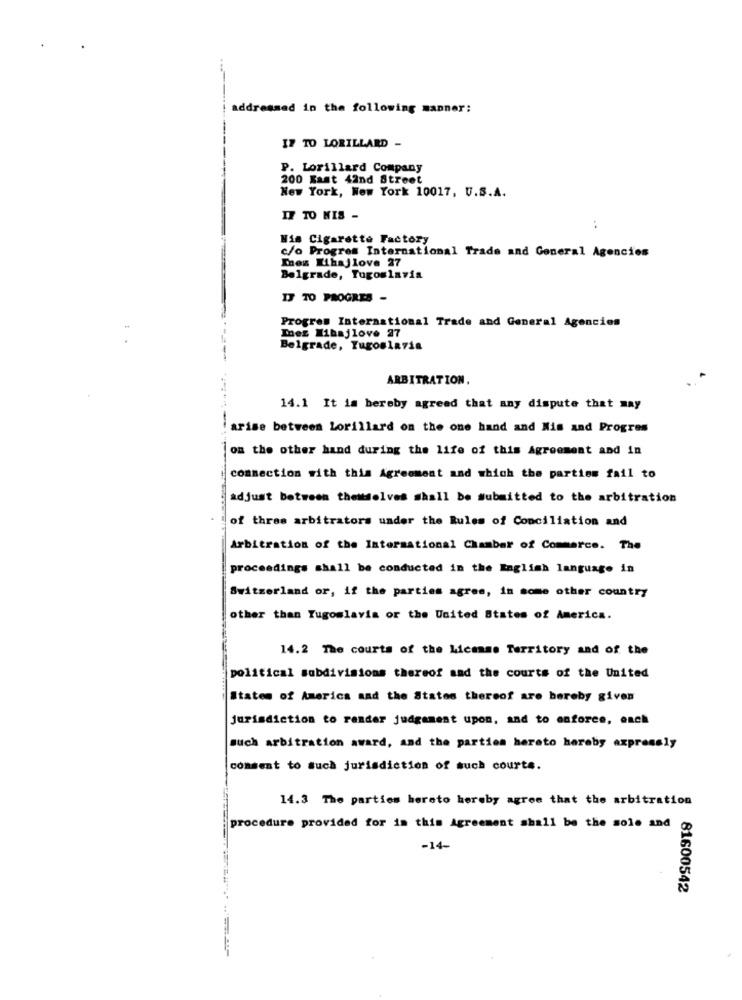
addressed in the following manner:
IF TO LORILLARD -
P. Lorillard Company
200 Kast 42nd Street
New York, New York 10017, U.S.A.
IF TO MIS -
:
Wis Cigarette Factory
c/o Progres International Trade and General Agencies
Lhes Mihajlove 27
Belgrade, Tugoslavia
IT TO PROGRES -
Progres International Trade and General Agencies
Ines Mibajlove 27
Belgrade, Yugoslavia
ARBITRATION.
14.1 It is hereby agreed that any dispute that may
arise between Lorillard on the one hand and Nis and Progres
on the other hand during the life of this Agreement and in
commection with this Agreement and which the parties fail to
adjust between theitsolves shall be submitted to the arbitration
of three arbitrators under the Rules of Conciliation and
Arbitration of the International Chamber of Commerce. The
proceedings shall be conducted in the English language in
Switzerland or, if the parties agree, in some other country
other than Yugoslavia or the United States of America.
14.2 The courts of the License Territory and of the
political subdivisions thereof aad the courts of the United
States of America and the States thereof are bereby given
Jurisdiction to render judgement upon, and to enforce, each
such arbitration award, and the parties hereto hereby expressly
consent to such jurisdiction of such courts.
14.3 The parties hereto hereby agree that the arbitration
procedure provided for in this Agreement shall be the sole and
-14-
81600542